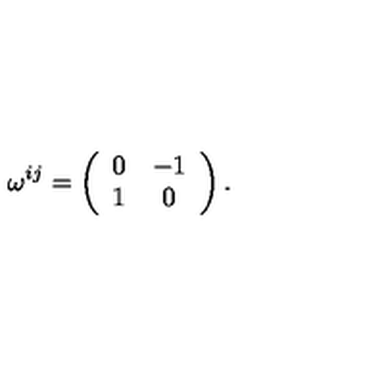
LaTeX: \omega ^ { i j } = \left( \begin{array} { c c } { 0 } & { - 1 } \\ { 1 } & { 0 } \\ \end{array} \right) .